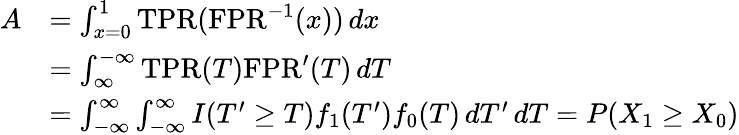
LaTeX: {\begin{array}{rl}{A}&{=\int_{x=0}^{1}{\mathrm{TPR}}({\mathrm{FPR}}^{-1}(x))\, dx}\\ &{=\int_{\infty}^{-\infty}{\mathrm{TPR}}(T){\mathrm{FPR}}^{\prime}(T)\, dT}\\ &{=\int_{-\infty}^{\infty}\int_{-\infty}^{\infty}I(T^{\prime}\geq T)f_{1}(T^{\prime})f_{0}(T)\, dT^{\prime}\, dT=P(X_{1}\geq X_{0})}\end{array}}